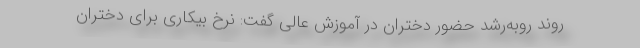
روند روبه‌رشد حضور دختران در آموزش عالی گفت: نرخ بیکاری برای دختران